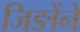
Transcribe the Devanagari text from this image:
जिङोंने